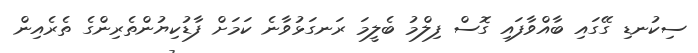
ސިކުނޑި ގޭގައި ބާއްވާފައި ގޮސް ފިލްމު ބެލީމަ ރަނގަޅުވާނެ ކަމަށް ފާޑުކިޔުންތެރިންގެ ތެރެއިން